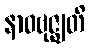
နာဝဗုဇ္ဈတိ